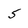
Character: 5